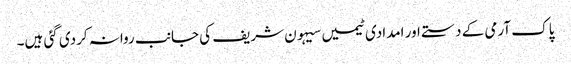
پاک آرمی کے دستے اور امدادی ٹیمیں سیہون شریف کی جانب روانہ کردی گئی ہیں۔